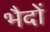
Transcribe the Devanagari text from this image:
भैदों